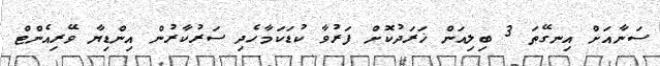
ސަނާއަށް އިނގޭތަ 3 ބިލިއަން ޚަރަދުކޮށް ފަރުވާ ކުޑަކަމާހެދި ސަރުކާރުން އިންޑިޔާ ވޭރިއެންޓް